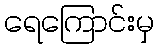
ရေကြောင်းမှ